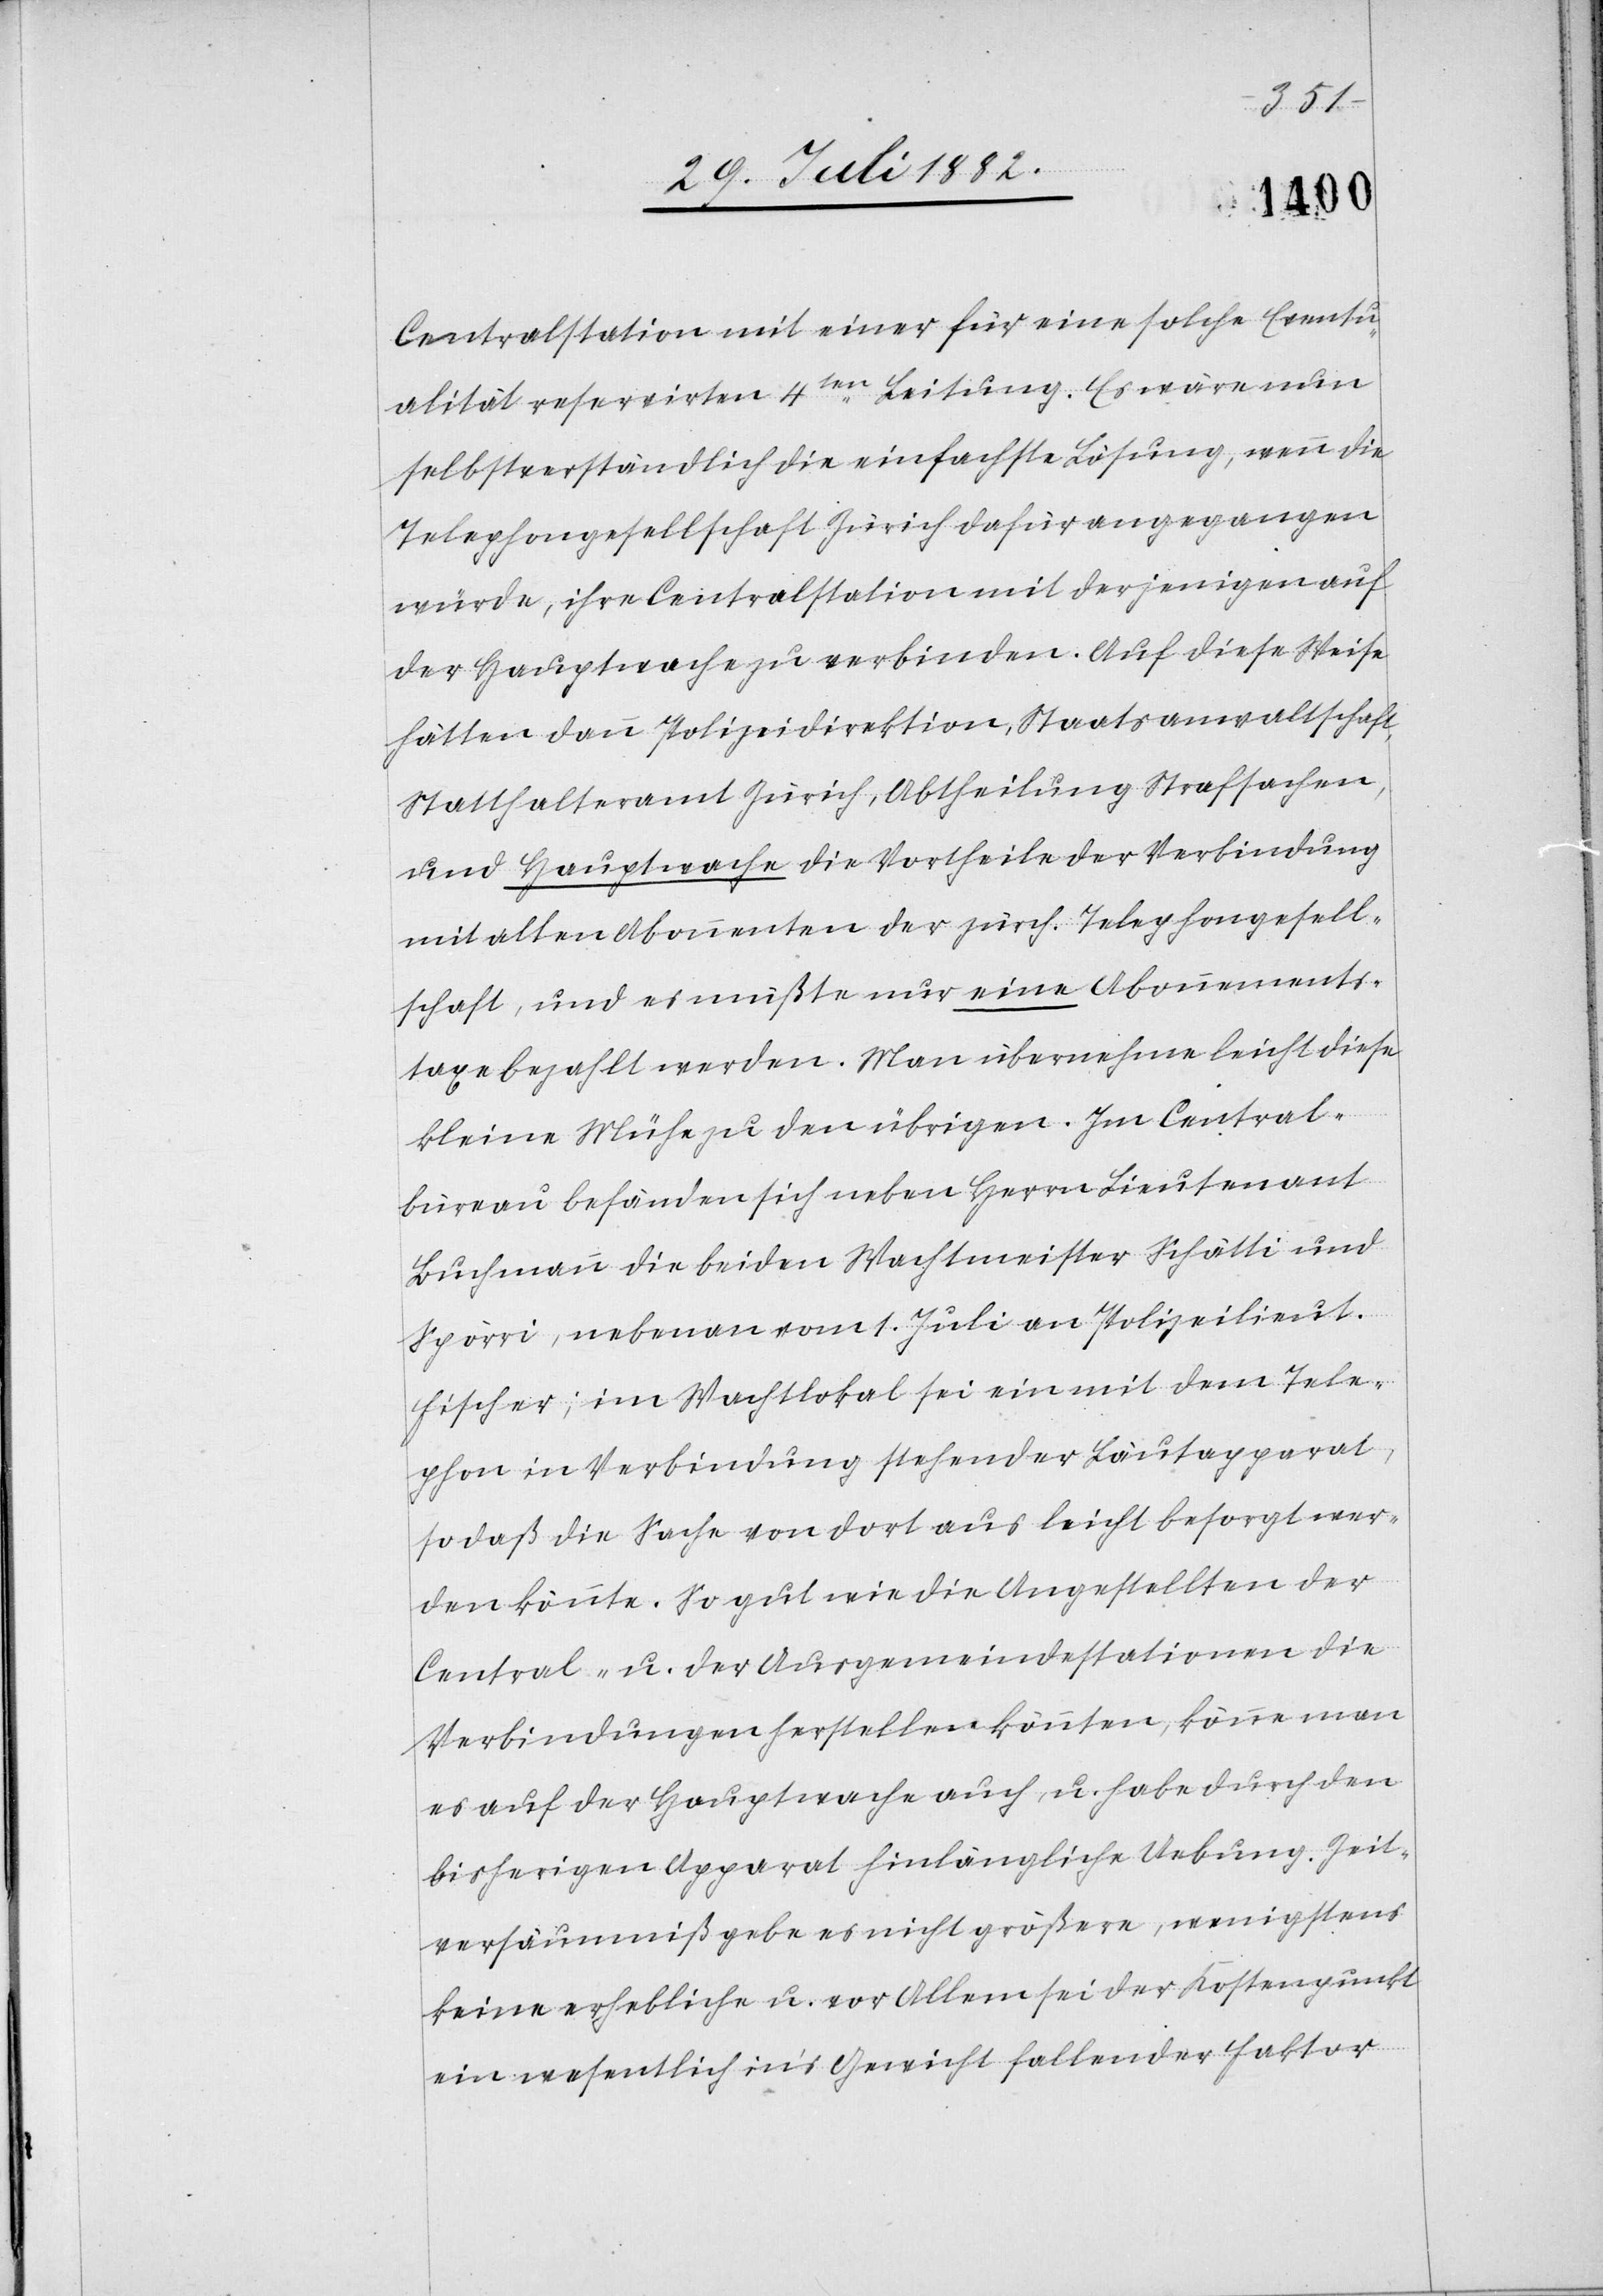
Centralstation mit einer für eine solche Eventu¬
alität reservirten 4ten Leitung. Es wäre nun
selbstverständlich die einfachste Lösung, wenn die
Telephongesellschaft Zürich dafür angegangen
würde, ihre Centralstation mit derjenigen auf
der Hauptwache zu verbinden. Auf diese Weise
hätten dann Polizeidirektion, Staatsanwaltschaft,
Statthalteramt Zürich, Abtheilung Strafsachen,
und Hauptwache die Vortheile der Verbindung
mit allen Abonnenten der zürch. Telephongesell¬
schaft, und es müßte nur eine Abonnements¬
taxe bezahlt werden. Man übernehme leicht diese
kleine Mühe zu den übrigen. Im Central¬
büreau befänden sich neben Herrn Lieutenant
Buchmann die beiden Wachtmeister Schätti und
Spörri, nebenan vom 1. Juli an Polizeilieut.
Fischer; im Wachtlokal sei ein mit dem Tele¬
phon in Verbindung stehender Läutapparat,
so daß die Sache von dort aus leicht besorgt wer¬
den könnte. So gut wie die Angestellten der
Central- u. der Ausgemeindestationen die
Verbindungen herstellen könnten, könne man
es auf der Hauptwache auch, u. habe durch den
bisherigen Apparat hinlängliche Uebung. Zeit¬
versäumniße gebe es nicht größere, wenigstens
keine erheblich u. vor Allem sei der Kostenpunkt
ein wesentlich in’s Gewicht fallender Faktor